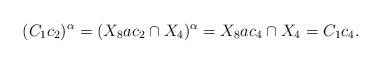
LaTeX: \begin{align*}(C_1c_2)^{\alpha}=(X_8ac_2\cap X_4)^{\alpha}=X_8ac_4\cap X_4=C_1c_4.\end{align*}